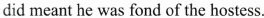
did meant he was fond of the hostess.